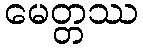
မေတ္တဿ